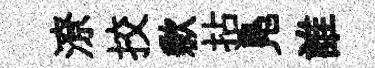
潦挍歉拈鳬誰